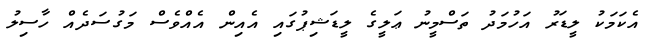
އެކަމަކު ލީޑަރު އަހުމަދު ތަސްމީނު ޢަލީގެ ލީޑަޝިޕުގައި އެއިން އެއްވެސް މަގުސަދެއް ހާސިލު